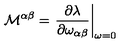
{ \cal M } ^ { \alpha \beta } = \left. \frac { \partial \lambda } { \partial \omega _ { \alpha \beta } } \right| _ { \omega = 0 }